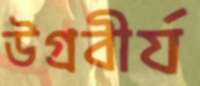
উগ্রবীর্য